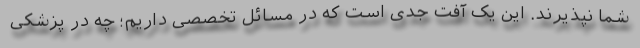
شما نپذیرند. این یک آفت جدی است که در مسائل تخصصی داریم؛ چه در پزشکی